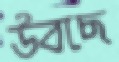
উবছে